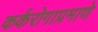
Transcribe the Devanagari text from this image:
कर्करोगाप्रमाणे